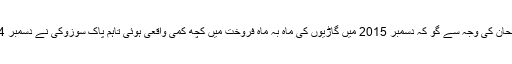
سال کے اختتام پر گاڑیوں کی خریداری میں عدم دلچسپی کے رجحان کی وجہ سے گو کہ دسمبر 2015 میں گاڑیوں کی ماہ بہ ماہ فروخت میں کچھ کمی واقعی ہوئی تاہم پاک سوزوکی نے دسمبر 2014 کے مقابلے میں اس بار 3 فیصد زیادہ گاڑیاں فروخت کیں۔